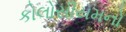
કોલોસીયમનો